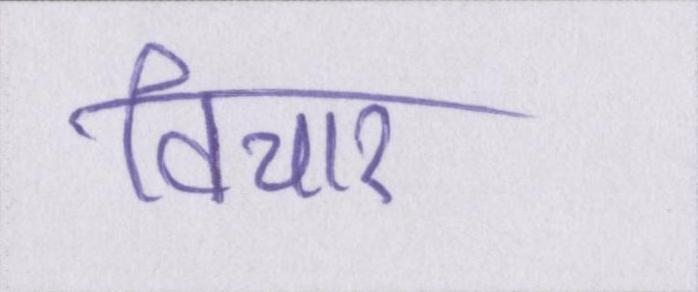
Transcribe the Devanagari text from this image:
विचार